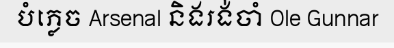
បំភ្លេច Arsenal និងរង់ចាំ Ole Gunnar